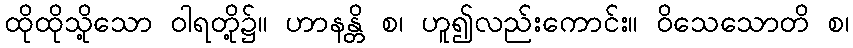
ထိုထိုသို့သော ဝါရတို့၌။ ဟာနန္တိ စ၊ ဟူ၍လည်းကောင်း။ ဝိသေသောတိ စ၊